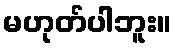
မဟုတ်ပါဘူး။